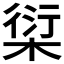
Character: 𰗿